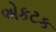
એકટક